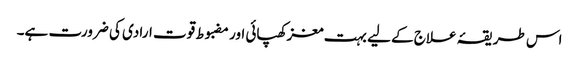
اس طریقۂ علاج کے لیے بہت مغز کھپائی اور مضبوط قوت ارادی کی ضرورت ہے۔